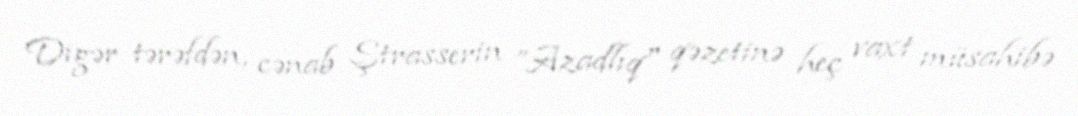
Digər tərəfdən, cənab Ştrasserin ”Azadlıq" qəzetinə heç vaxt müsahibə